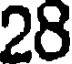
28